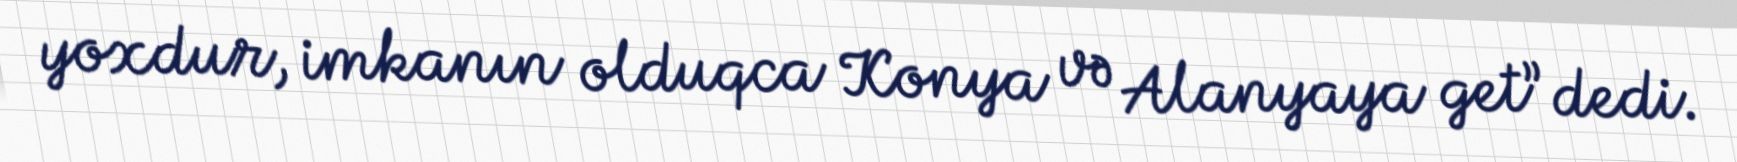
yoxdur, imkanın olduqca Konya və Alanyaya get” dedi.